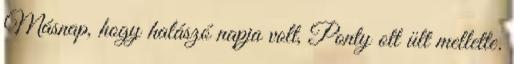
Másnap, hogy halászó napja volt, Ponty ott ült mellette.